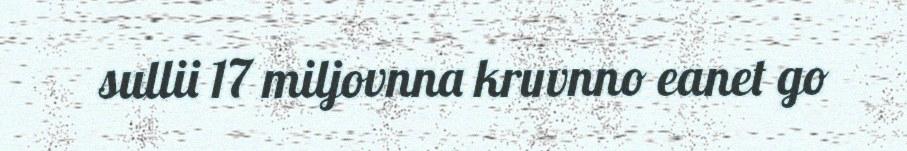
sullii 17 miljovnna kruvnno eanet go